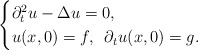
\begin{align*}\begin{cases} \partial_t^2 u -\Delta u=0, \\ u(x,0)=f,~\,\partial_tu(x,0)=g. \end{cases}\end{align*}